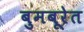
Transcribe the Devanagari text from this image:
बुमबूरेत